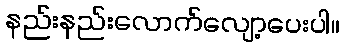
နည်းနည်းလောက်လျော့ပေးပါ။